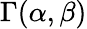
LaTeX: \Gamma(\alpha,\beta)